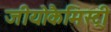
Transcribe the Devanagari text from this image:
जीयोकैमिस्ट्री